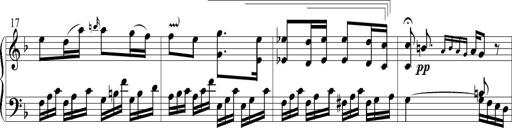
Title: 6 Leichte Sonatinen, Teil 1
Composer: F. Sigismund Sander